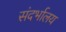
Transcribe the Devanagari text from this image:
संदर्भालय